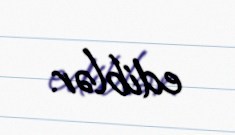
ediblər.